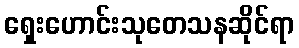
ရှေးဟောင်းသုတေသနဆိုင်ရာ